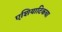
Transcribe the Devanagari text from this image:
एशियाटिकचा